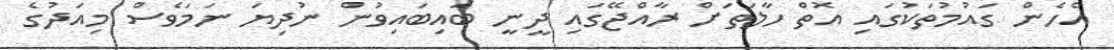
އެހެން ގައުމުތަކުގައި އޮތް ހާލަތަށް ރާއްޖޭގައި ދީނީ ބައިބައިވުން ނުދިޔަ ނަމަވެސް މިއަދުގެ